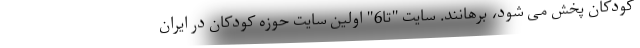
کودکان پخش می شود، برهانند. سایت "تا6" اولین سایت حوزه کودکان در ایران